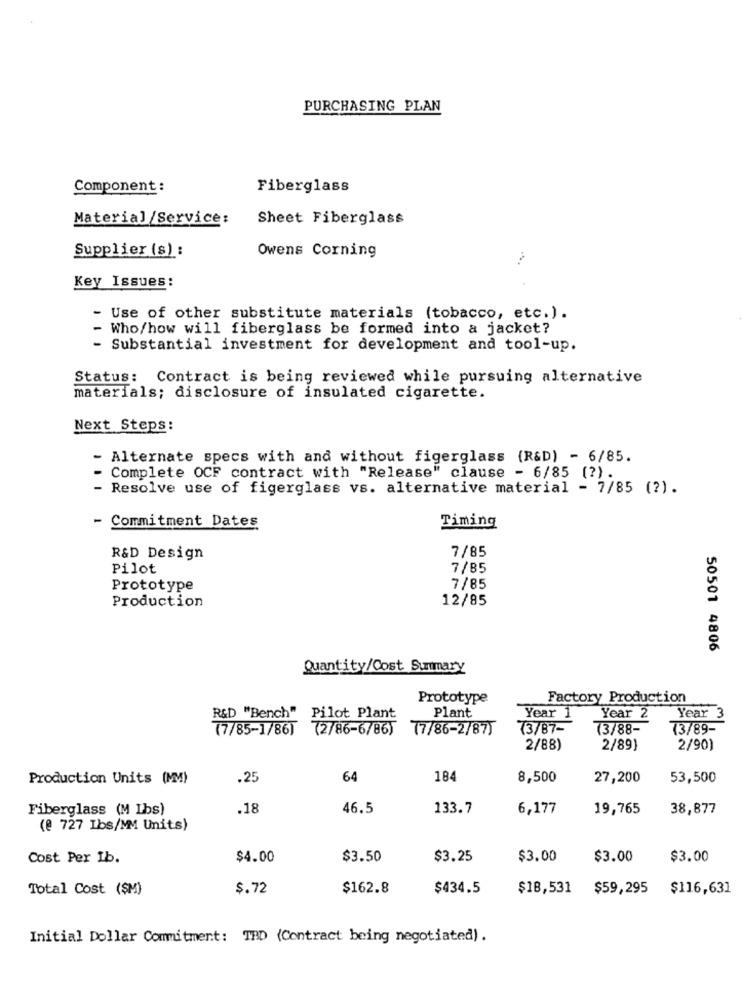
PURCHASING PLAN
Component :
Fiberglass
Material/Service:
Sheet Fiberglass
Supplier (s) :
Owens Corning
Key Issues:
- Use of other substitute materials (tobacco, etc.) .
- Who/how will fiberglass be formed into a jacket?
- Substantial investment for development and tool-up.
Status: Contract is being reviewed while pursuing alternative
materials; disclosure of insulated cigarette.
Next Steps:
- Alternate specs with and without figerglass (R&D) - 6/85.
Complete OCF contract with "Release" clause - 6/85 (?).
- Resolve use of figerglass vs. alternative material - 7/85 (?).
- Commitment Dates
Timing
7/85
R&D Design
Pilot
7/85
Prototype
7/85
Production
12/85
50501 4806
Quantity/Cost Summary
Prototype
Factory Production
Plant
R&D "Bench" Pilot Plant
Year 1
Year 2
Year 3
(7/85-1/86) (2/86-6/86)
77/86-2/87)
73/87-
(3/88-
(3/89-
2/88)
2/89
2/90)
Production Units (MM)
.25
64
184
8,500
27,200
53,500
Fiberglass (M Lbs)
.18
46.5
133.7
6,177
19,765
38,877
(@ 727 Ibs/MM Units)
Cost Per Ib.
$4.00
$3.50
$3.25
$3.00
$3.00
$3.00
Total Cost (SM)
$.72
$162.8
$434.5
$18,531
$59,295 $116,631
Initial Dollar Commitment: TBD (Contract being negotiated) .